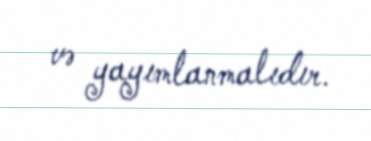
və yayımlanmalıdır.